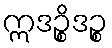
ဣဒဉ္စိဒဉ္စ